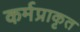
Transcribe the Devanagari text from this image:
कर्मप्राकृत